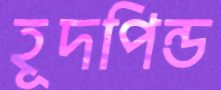
হূদপিন্ড